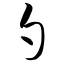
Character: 勺